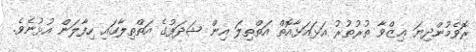
ރޮވެމުންދިޔަ ޢިޒްވާ ތުރުތުރު އަޅައަޅާއޮތް އަތްތިލަ އިން ޝަދަފުގެ އަތްތިލާގައި ހިފާލަން އުޅުނެވެ.